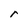
Character: r